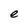
Character: e